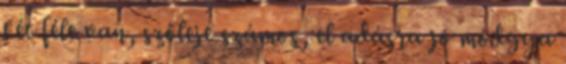
két féle van, szőleje számos, el adásra jó módgya